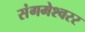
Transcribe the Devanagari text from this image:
संगमेश्वरर